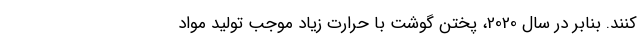
کنند. بنابر در سال 2020، پختن گوشت با حرارت زیاد موجب تولید مواد